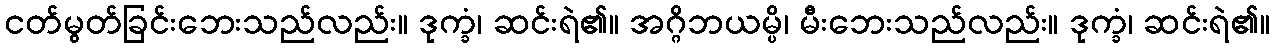
ငတ်မွတ်ခြင်းဘေးသည်လည်း။ ဒုက္ခံ၊ ဆင်းရဲ၏။ အဂ္ဂိဘယမ္ပိ၊ မီးဘေးသည်လည်း။ ဒုက္ခံ၊ ဆင်းရဲ၏။